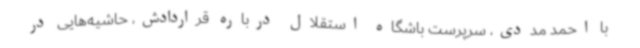
با احمد مددی، سرپرست باشگاه استقلال درباره قراردادش،‌ حاشیه‌هایی در